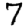
Digit: 7